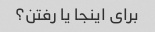
برای اینجا یا رفتن؟